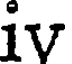
iv